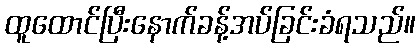
ထူထောင်ပြီးနောက်ခန့်အပ်ခြင်းခံရသည်။